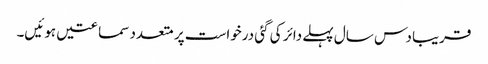
قریبا دس سال پہلے دائر کی گئی درخواست پر متعدد سماعتیں ہوئیں۔